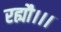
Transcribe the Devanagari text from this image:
रह्यौ।।।